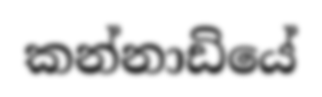
කන්නාඩියේ